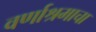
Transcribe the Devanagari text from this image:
वर्णाश्रमाचा